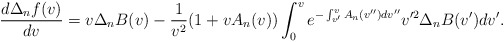
\begin{align*} \frac{d\Delta_nf(v)}{dv}=v\Delta_nB(v)-\frac{1}{v^2}(1+vA_n(v))\int_0^ve^{-\int_{v'}^vA_n(v'')dv''}v'^2\Delta_nB(v')dv'.\end{align*}